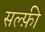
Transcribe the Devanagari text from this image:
सल्फ़ी